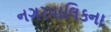
નગરપાલિકના